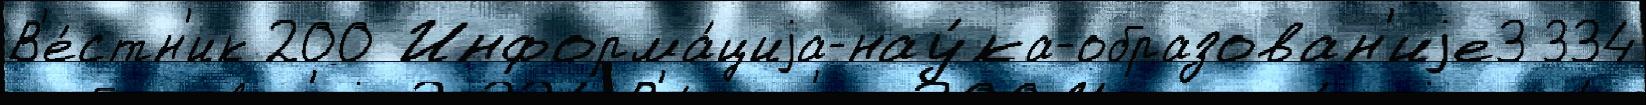
В'е́стн'ик 200 Информа́циjа-нау́ка-образован'иjе3 334